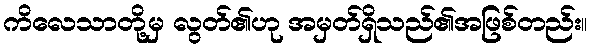
ကိလေသာတို့မှ လွတ်၏ဟု အမှတ်ရှိသည်၏အဖြစ်တည်း။